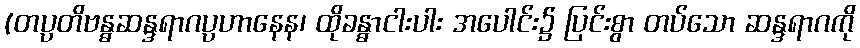
(တပ္ပတိဗန္ဓဆန္ဒရာဂပ္ပဟာနေန၊ ထိုခန္ဓာငါးပါး အပေါင်း၌ ပြင်းစွာ တပ်သော ဆန္ဒရာဂကို